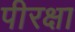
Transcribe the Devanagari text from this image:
पीरक्षा